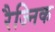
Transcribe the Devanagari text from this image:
रैज्निक